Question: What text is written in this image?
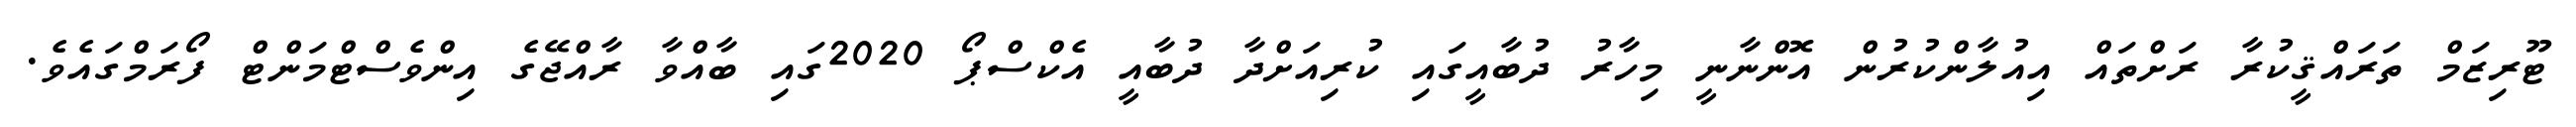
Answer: ޓޫރިޒަމް ތަރައްޤީކުރާ ރަށްތައް އިއުލާންކުރުން އޮންނާނީ މިހާރު ދުބާއީގައި ކުރިއަށްދާ ދުބާއީ އެކްސްޕޯ 2020ގައި ބާއްވާ ރާއްޖޭގެ އިންވެސްޓްމަންޓް ފޯރަމްގައެވެ.